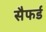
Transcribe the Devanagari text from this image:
सैफर्ड